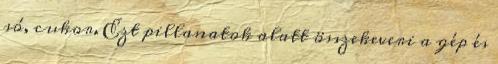
só, cukor. Ezt pillanatok alatt összekeveri a gép és